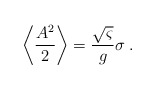
\begin{align*}\left\langle \frac{A^{2}}{2}\right\rangle =\frac{\sqrt{\varsigma }}{g}\sigma\;. \end{align*}